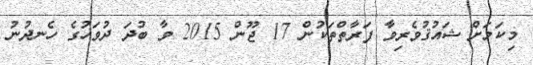
މިކަމަށް ޝައުޤުވެރިވާ ފަރާތްތަކުން 17 ޖޫން 2015 ވާ ބުދަ ދުވަހުގެ ހެނދުނު